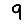
Digit: 9